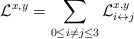
\begin{align*}\mathcal L^{x,y} = \sum\limits_{0\le i\not= j\le 3} \mathcal L^{x,y}_{i \leftrightarrow j} \end{align*}